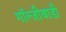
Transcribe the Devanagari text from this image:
गॉल्जीबाडी